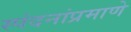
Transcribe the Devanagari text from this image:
स्पंदनांप्रमाणे